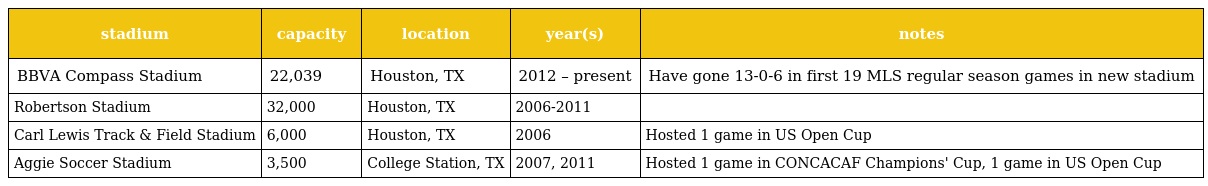
| stadium | capacity | location | year(s) | notes |
 | --- | --- | --- | --- | --- |
 | BBVA Compass Stadium | 22,039 | Houston, TX | 2012 – present | Have gone 13-0-6 in first 19 MLS regular season games in new stadium |
 | Robertson Stadium | 32,000 | Houston, TX | 2006-2011 |  |
 | Carl Lewis Track & Field Stadium | 6,000 | Houston, TX | 2006 | Hosted 1 game in US Open Cup |
 | Aggie Soccer Stadium | 3,500 | College Station, TX | 2007, 2011 | Hosted 1 game in CONCACAF Champions' Cup, 1 game in US Open Cup |